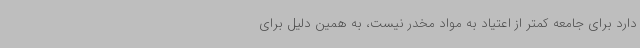
دارد برای جامعه کمتر از اعتیاد به مواد مخدر نیست، به همین دلیل برای